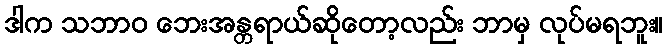
ဒါက သဘာဝ ဘေးအန္တရာယ်ဆိုတော့လည်း ဘာမှ လုပ်မရဘူး။